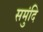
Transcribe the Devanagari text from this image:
समुंदि